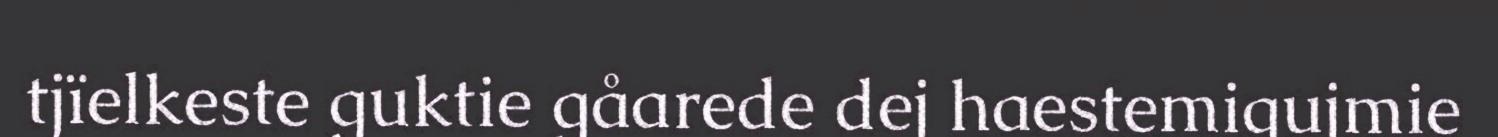
tjïelkeste guktie gåarede dej haestemigujmie